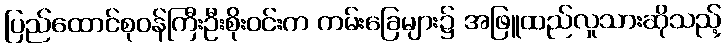
ပြည်ထောင်စုဝန်ကြီးဦးစိုးဝင်းက ကမ်းခြေများ၌ အဖြူထည်လူသားဆိုသည့်